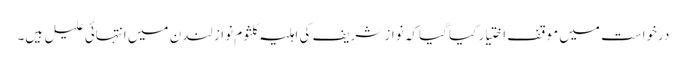
درخواست میں موقف اختیار کیا گیا کہ نواز شریف کی اہلیہ کلثوم نواز لندن میں انتہائی علیل ہیں۔